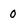
Character: 0